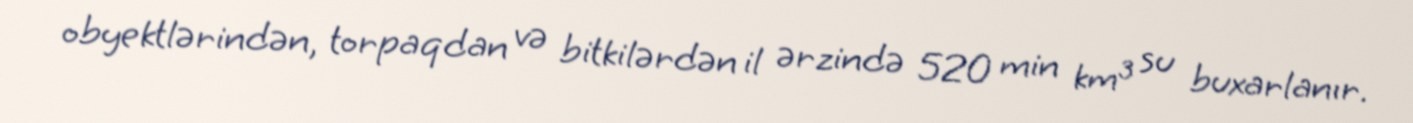
obyektlərindən, torpaqdan və bitkilərdən il ərzində 520 min km³ su buxarlanır.